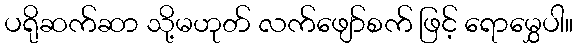
ပရိုဆက်ဆာ သို့မဟုတ် လက်ဖျော်စက် ဖြင့် ရောမွှေပါ။